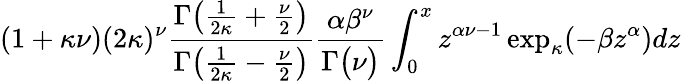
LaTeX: (1+\kappa\nu)(2\kappa)^{\nu}{\frac{\Gamma{\big(}{\frac{1}{2\kappa}}+{\frac{\nu}{2}}{\big)}}{\Gamma{\big(}{\frac{1}{2\kappa}}-{\frac{\nu}{2}}{\big)}}}{\frac{\alpha\beta^{\nu}}{\Gamma{\big(}\nu{\big)}}}\int_{0}^{x}z^{\alpha\nu-1}\exp_{\kappa}(-\beta z^{\alpha})dz